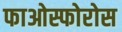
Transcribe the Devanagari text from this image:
फाओस्फोरोस